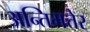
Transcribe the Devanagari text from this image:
अन्तिमत्तेर